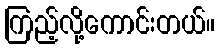
ကြည့်လို့ကောင်းတယ်။